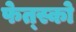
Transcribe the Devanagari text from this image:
फेत्स्को